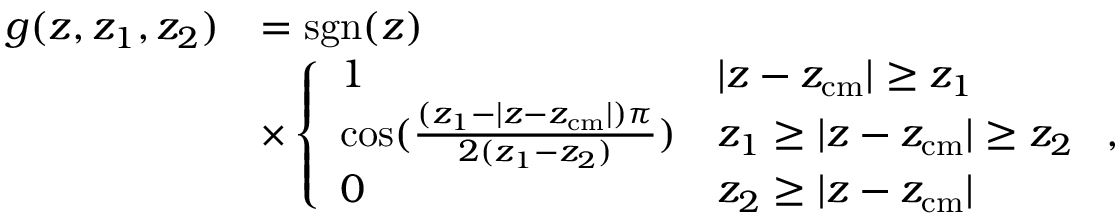
\begin{array} { r l } { g ( z , z _ { 1 } , z _ { 2 } ) } & { = \mathrm { s g n } ( z ) } \\ & { \times \left\{ \begin{array} { l l } { 1 } & { | z - z _ { \mathrm { c m } } | \ge z _ { 1 } } \\ { \cos ( \frac { ( z _ { 1 } - | z - z _ { \mathrm { c m } } | ) \pi } { 2 ( z _ { 1 } - z _ { 2 } ) } ) } & { z _ { 1 } \ge | z - z _ { \mathrm { c m } } | \ge z _ { 2 } } \\ { 0 } & { z _ { 2 } \ge | z - z _ { \mathrm { c m } } | } \end{array} \right. , } \end{array}